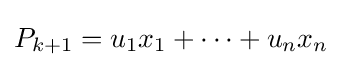
P_{k+1}=u_{1}x_{1}+\cdots +u_{n}x_{n}